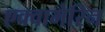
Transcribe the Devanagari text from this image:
एक्वामेरिन